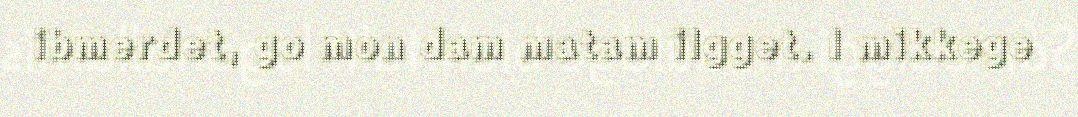
ibmerdet, go mon dam matam ilgget. I mikkege